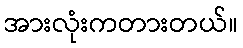
အားလုံးကတားတယ်။